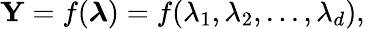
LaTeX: {\mathbf Y}=f(\boldsymbol{\lambda})=f(\lambda_{1},\lambda_{2},...,\lambda_{d}),